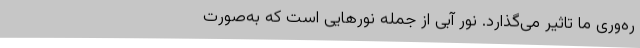
ره‌وری ما تاثیر می‌گذارد. نور آبی از جمله نورهایی است که به‌صورت